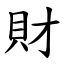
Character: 財